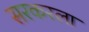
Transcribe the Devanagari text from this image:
सरकरला